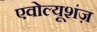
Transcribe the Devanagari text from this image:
एवोल्यूशंज़